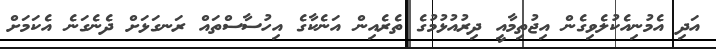
އަދި އެމުނިއެކުލެވިގެން އިޖުތިމާއީ ދިރުއުޅުމުގެ ތެރެއިން އަނެކާގެ އިހުސާސްތައް ރަނގަޅަށް ދެނެގަނެ އެކަމަށް